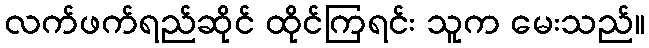
လက်ဖက်ရည်ဆိုင် ထိုင်ကြရင်း သူက မေးသည်။